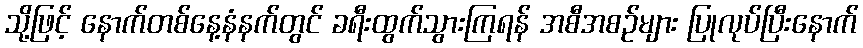
သို့ဖြင့် နောက်တစ်နေ့နံနက်တွင် ခရီးထွက်သွားကြရန် အစီအစဉ်များ ပြုလုပ်ပြီးနောက်